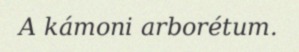
A kámoni arborétum.